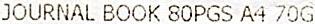
JOURNAL BOOK 80PGS A4 70G